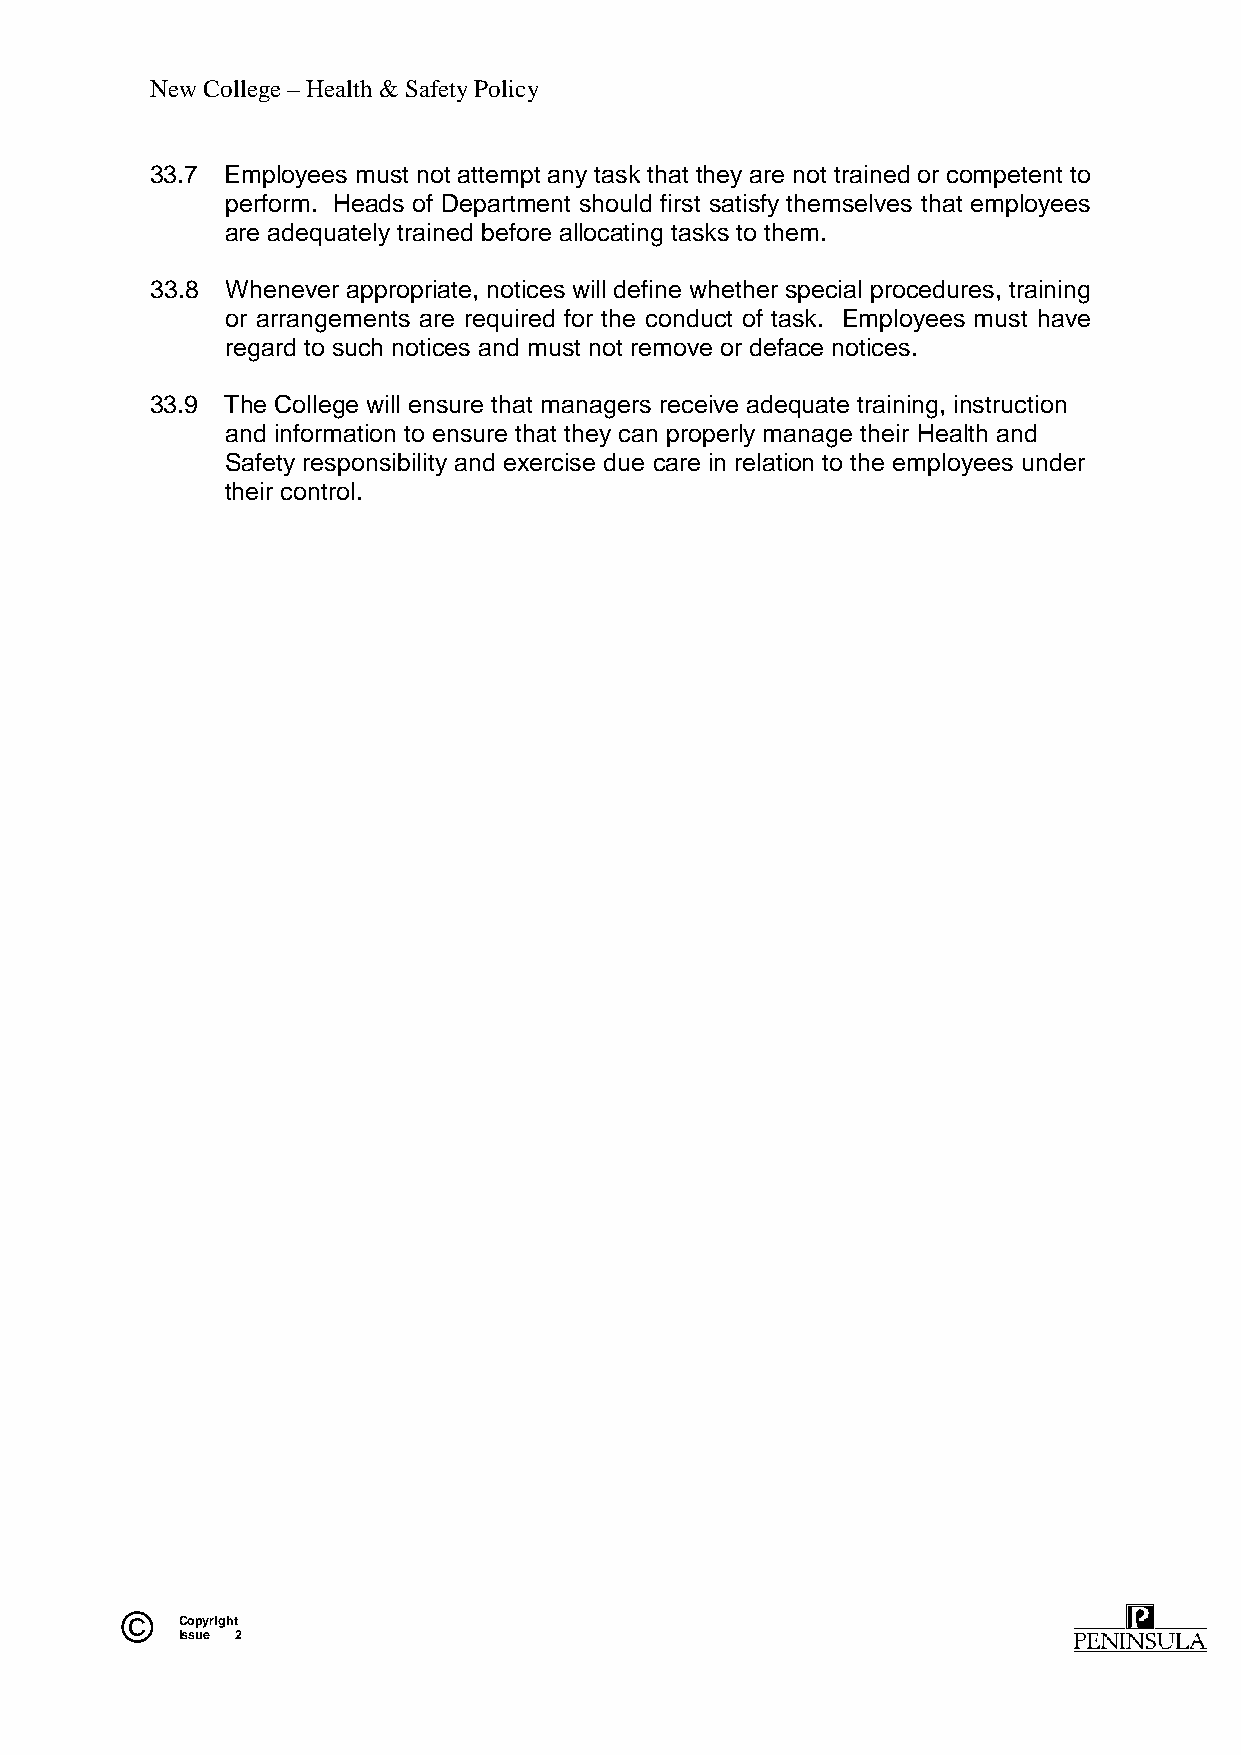
New College – Health & Safety Policy
 33.7 Employees must not attempt any task that they are not trained or competent to
 perform. Heads of Department should first satisfy themselves that employees
 are adequately trained before allocating tasks to them.
 33.8 Whenever appropriate, notices will define whether special procedures, training
 or arrangements are required for the conduct of task. Employees must have
 regard to such notices and must not remove or deface notices.
 33.9 The College will ensure that managers receive adequate training, instruction
 and information to ensure that they can properly manage their Health and
 Safety responsibility and exercise due care in relation to the employees under
 their control.
 ©   Copyright
 Issue 2